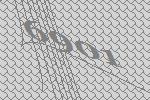
6901